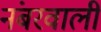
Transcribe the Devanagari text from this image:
नंबरवाली